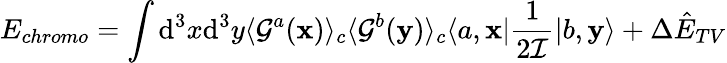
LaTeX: E_{chromo}=\int\mathrm{d}^{3}x\mathrm{d}^{3}y\langle{\cal G}^{a}({\mathbf x})\rangle_{c}\langle{\cal G}^{b}({\mathbf y})\rangle_{c}\langle a,{\mathbf x}|\frac{1}{2{\cal I}}|b,{\mathbf y}\rangle+\Delta{\hat{E}}_{TV}